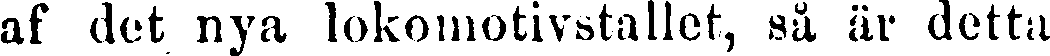
af det nya lokomotivstallet, så är detta